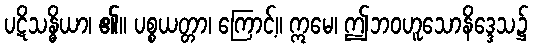
ပဋိသန္ဓိယာ၊ ၏။ ပစ္စယတ္တာ၊ ကြောင့်။ ဣမေ၊ ဤဘဝဟူသောနိဒ္ဒေသ၌